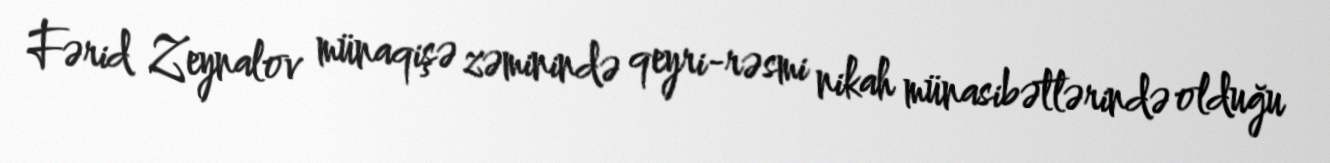
Fərid Zeynalov münaqişə zəminində qeyri-rəsmi nikah münasibətlərində olduğu